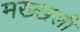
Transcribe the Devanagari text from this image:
मख्खली